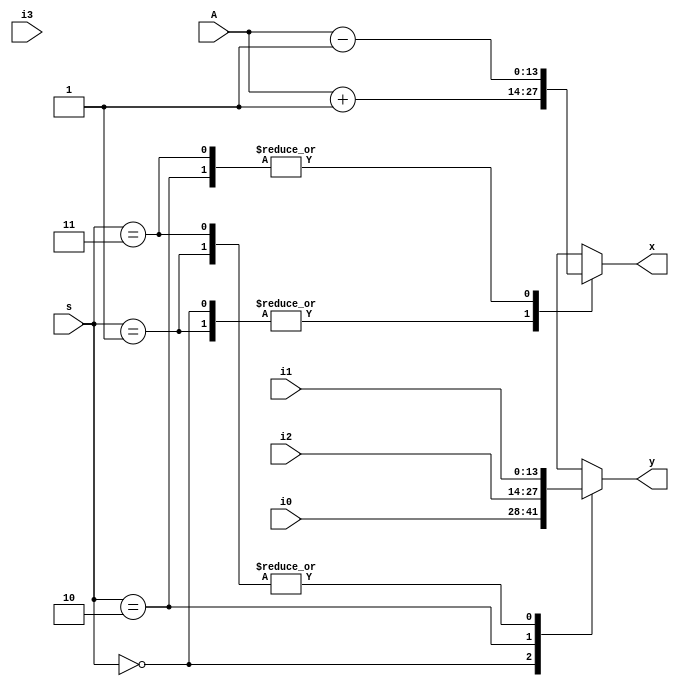
`timescale 1ns / 1ps
//////////////////////////////////////////////////////////////////////////////////
// Company: 
// Engineer: 
// 
// Design Name: 
// Module Name: Mux_input
// Project Name: 
// Target Devices: 
// Tool Versions: 
// Description: 
// 
// Dependencies: 
// 
// Revision:
// Revision 0.01 - File Created
// Additional Comments:
// 
//////////////////////////////////////////////////////////////////////////////////


module Mux_input(
    input wire [13:0] A,
    input [13:0] i0,
    input [13:0] i1,
    input [13:0] i2,
    input [13:0] i3,
    input [1:0] s,
    output reg [13:0] x,
    output reg [13:0] y
    );
    
    always@(A, s, i1) begin
        case(s)
            2'b00:begin
                x = A + 1;
                y = i0;//T_low = 0000
            end
            2'b01:begin
                x = A + 1;
                y = i1;//initial from switches
            end
            2'b10:begin
                x = A - 1;
                y = i2;//T_high = 9999
            end
            2'b11:begin
                x = A - 1;
                y = i1;//initial from switches
            end
            default begin
                x = 0;
                y = 0;
            end
        endcase
    end
endmodule